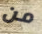
من